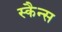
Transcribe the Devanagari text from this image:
स्कैन्स